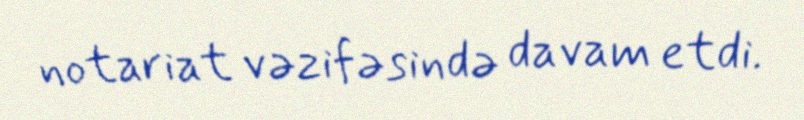
notariat vəzifəsində davam etdi.